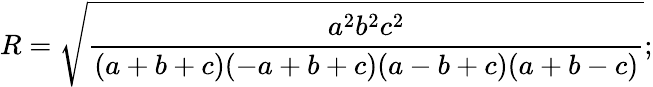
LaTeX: R={\sqrt{\frac{a^{2}b^{2}c^{2}}{(a+b+c)(-a+b+c)(a-b+c)(a+b-c)}}};